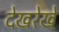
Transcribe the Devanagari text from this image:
देखरेखे